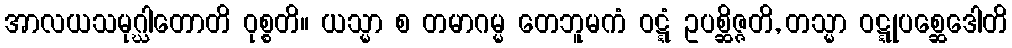
အာလယသမုဂ္ဃါတောတိ ဝုစ္စတိ။ ယသ္မာ စ တမာဂမ္မ တေဘူမကံ ဝဋ္ဋံ ဥပစ္ဆိဇ္ဇတိ, တသ္မာ ဝဋ္ဋုပစ္ဆေဒေါတိ